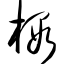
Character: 椴